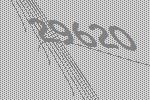
29620